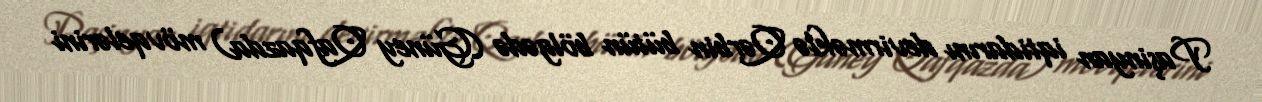
Paşinyan iqtidarını devirməklə Qərbin bütün bölgədə (Güney Qafqazda) mövqelərini